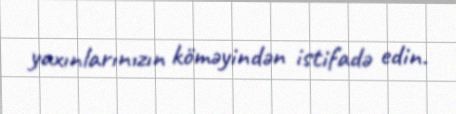
yaxınlarınızın köməyindən istifadə edin.